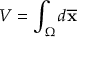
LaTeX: V = \int _ { \Omega } d { \overline { { \mathbf { x } } } }